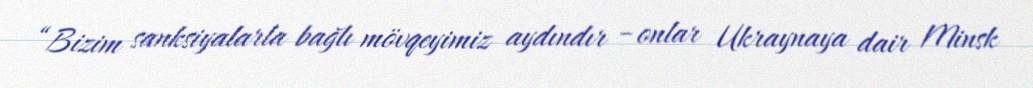
“Bizim sanksiyalarla bağlı mövqeyimiz aydındır – onlar Ukraynaya dair Minsk